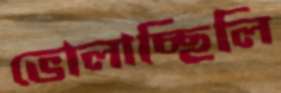
ভোলাচ্ছিলি